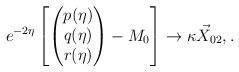
LaTeX: \begin{align*} e^{-2\eta}\left[\begin{pmatrix} p(\eta) \\ q(\eta) \\ r(\eta) \end{pmatrix} - M_0\right] \rightarrow \kappa\vec{X}_{02}, . \end{align*}